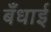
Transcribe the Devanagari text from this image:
बँधाई